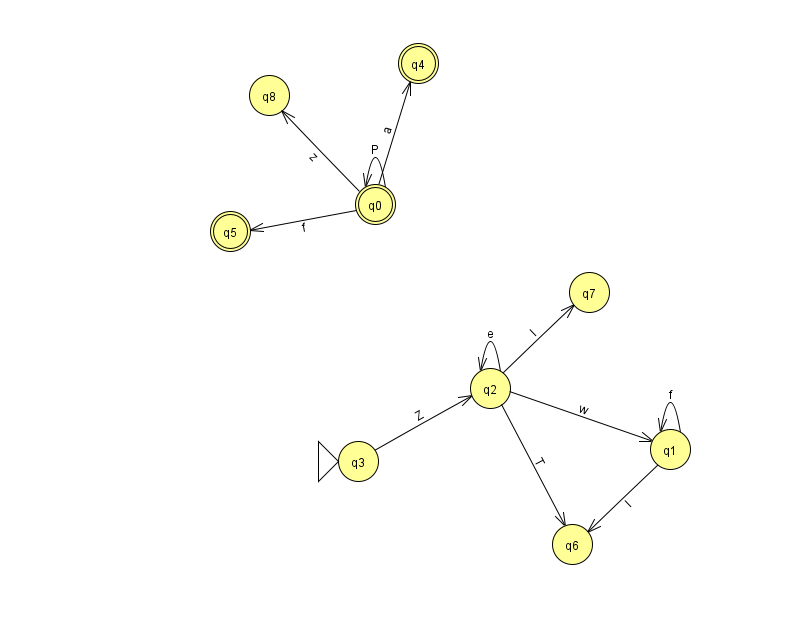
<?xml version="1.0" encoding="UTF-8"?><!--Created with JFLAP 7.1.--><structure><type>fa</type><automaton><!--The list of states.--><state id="0" name="q0"><x>375.0</x><y>191.0</y><final/></state><state id="1" name="q1"><x>670.0</x><y>436.0</y></state><state id="2" name="q2"><x>490.0</x><y>375.0</y></state><state id="3" name="q3"><x>358.0</x><y>448.0</y><initial/></state><state id="4" name="q4"><x>418.0</x><y>50.0</y><final/></state><state id="5" name="q5"><x>230.0</x><y>218.0</y><final/></state><state id="6" name="q6"><x>572.0</x><y>531.0</y></state><state id="7" name="q7"><x>589.0</x><y>279.0</y></state><state id="8" name="q8"><x>269.0</x><y>82.0</y></state><!--The list of transitions.--><transition><from>0</from><to>0</to><read>P</read></transition><transition><from>3</from><to>2</to><read>Z</read></transition><transition><from>1</from><to>6</to><read>I</read></transition><transition><from>2</from><to>1</to><read>w</read></transition><transition><from>2</from><to>2</to><read>e</read></transition><transition><from>1</from><to>1</to><read>f</read></transition><transition><from>2</from><to>6</to><read>T</read></transition><transition><from>0</from><to>8</to><read>z</read></transition><transition><from>2</from><to>7</to><read>I</read></transition><transition><from>0</from><to>4</to><read>a</read></transition><transition><from>0</from><to>5</to><read>f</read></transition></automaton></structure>